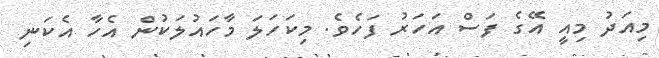
މިއަދު މިއީ އޭގެ ފަސް އަހަރު ފަހެވެ. މިކަހަލަ މާހައުލަކުން އެހާ އެކަނި